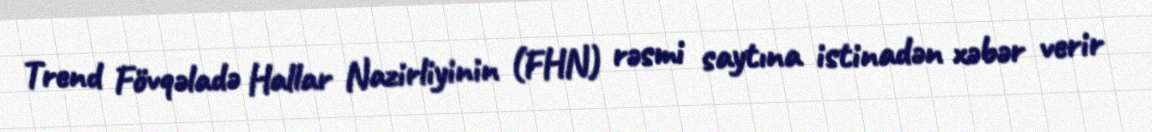
Trend Fövqəladə Hallar Nazirliyinin (FHN) rəsmi saytına istinadən xəbər verir